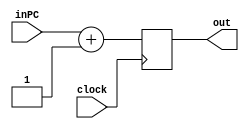

module ALUPC( //Summation of PC and 1
    clock,
    inPC,
    out
);
    input clock;
    input[7:0] inPC;
    output reg[7:0] out;

always@(posedge clock)
    out = inPC + 1;
endmodule